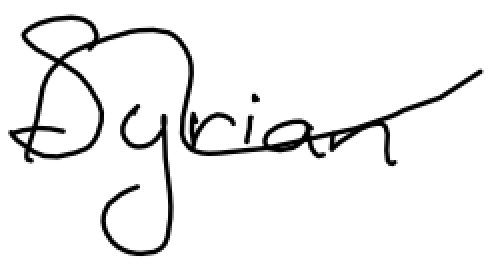
Text: Syrian
Cross-out: wave
Writing tool: digital_black